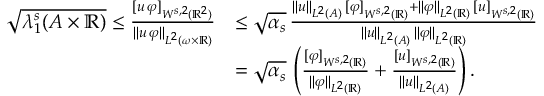
\begin{array} { r l } { \sqrt { \lambda _ { 1 } ^ { s } ( A \times \mathbb { R } ) } \le \frac { [ u \, \varphi ] _ { W ^ { s , 2 } ( \mathbb { R } ^ { 2 } ) } } { \| u \, \varphi \| _ { L ^ { 2 } ( \omega \times \mathbb { R } ) } } } & { \le \sqrt { \alpha _ { s } } \, \frac { \| u \| _ { L ^ { 2 } ( A ) } \, [ \varphi ] _ { W ^ { s , 2 } ( \mathbb { R } ) } + \| \varphi \| _ { L ^ { 2 } ( \mathbb { R } ) } \, [ u ] _ { W ^ { s , 2 } ( \mathbb { R } ) } } { \| u \| _ { L ^ { 2 } ( A ) } \, \| \varphi \| _ { L ^ { 2 } ( \mathbb { R } ) } } } \\ & { = \sqrt { \alpha _ { s } } \, \left( \frac { [ \varphi ] _ { W ^ { s , 2 } ( \mathbb { R } ) } } { \| \varphi \| _ { L ^ { 2 } ( \mathbb { R } ) } } + \frac { [ u ] _ { W ^ { s , 2 } ( \mathbb { R } ) } } { \| u \| _ { L ^ { 2 } ( A ) } } \right) . } \end{array}